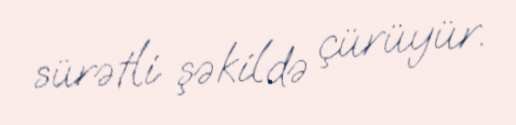
sürətli şəkildə çürüyür.